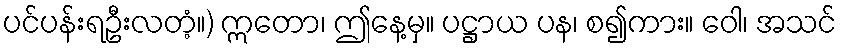
ပင်ပန်းရဦးလတံ့။) ဣတော၊ ဤနေ့မှ။ ပဋ္ဌာယ ပန၊ စ၍ကား။ ဝေါ၊ အသင်